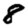
Digit: 8